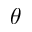
\theta